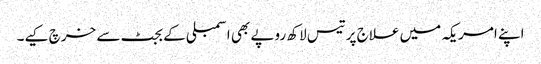
اپنے امریکہ میں علاج پر تیس لاکھ روپے بھی اسمبلی کے بجٹ سے خرچ کیے۔